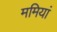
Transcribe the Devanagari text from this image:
ममियां